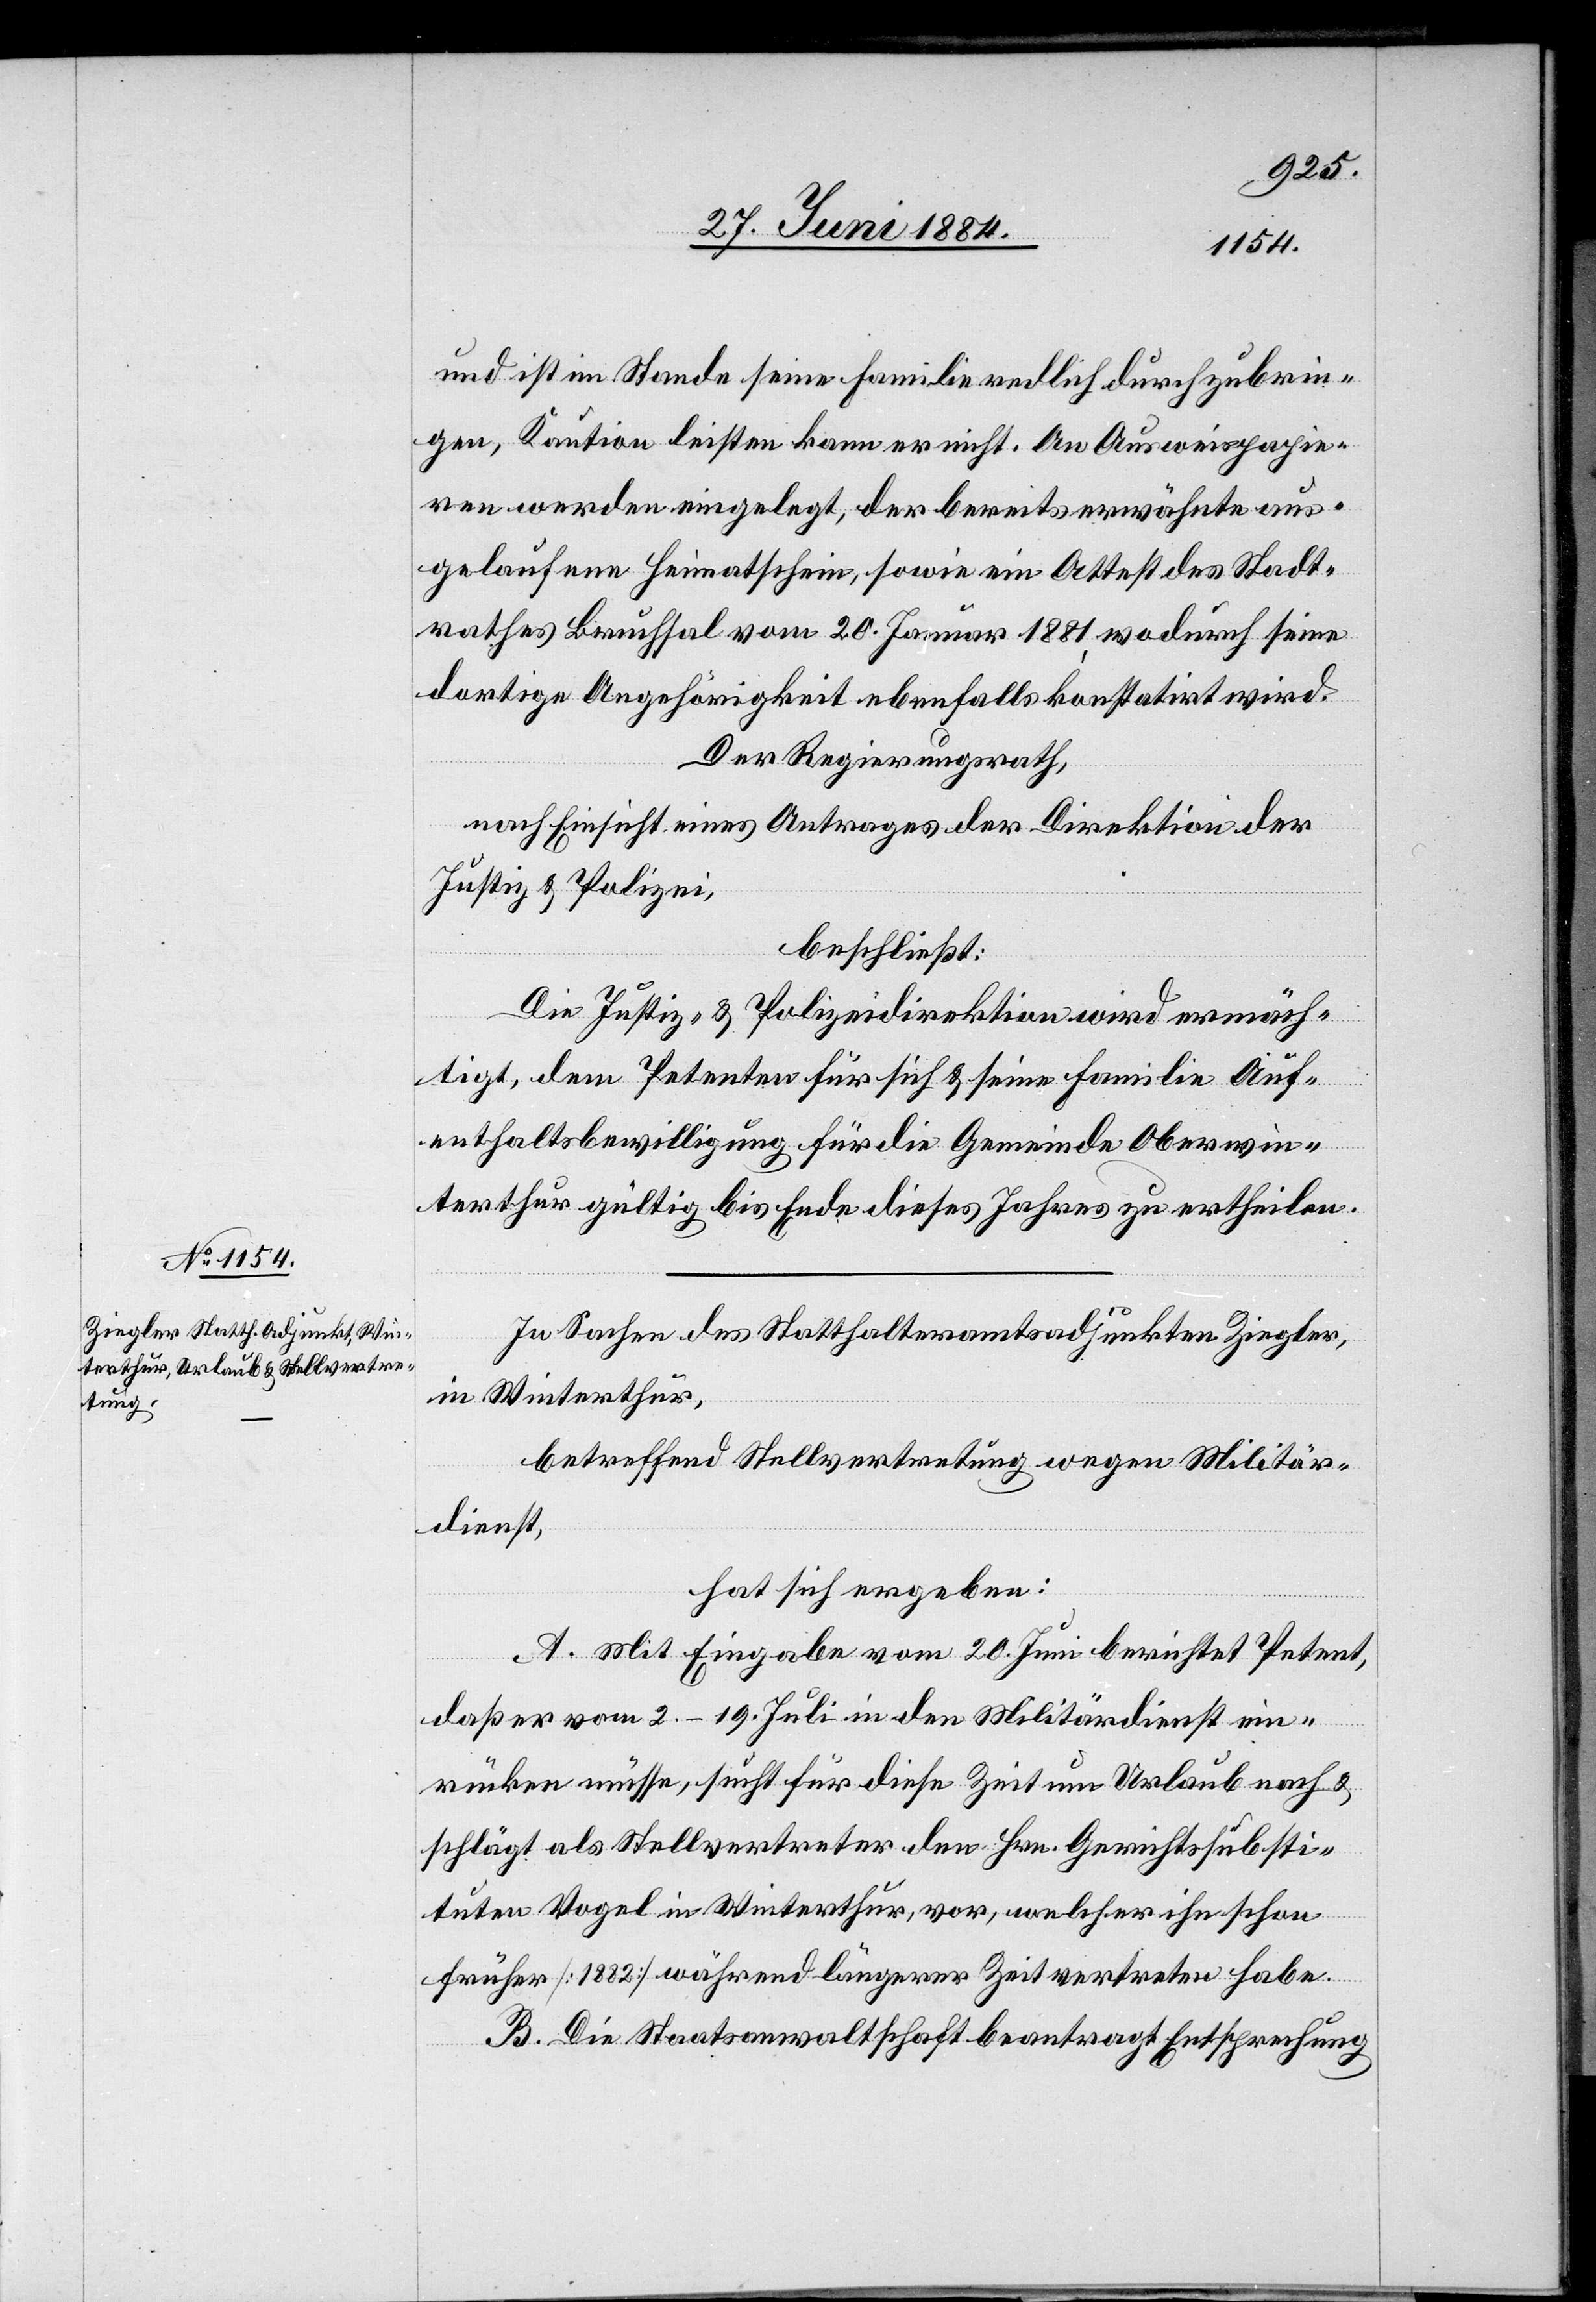
und ist im Stande seine Familie redlich durchzubrin¬
gen, Kaution leisten kann er nicht. An Ausweispapie¬
ren werden eingelegt, der bereits erwähnte aus¬
gelaufene Heimathschein, sowie ein Attest des Stadt¬
rathes Bruchsal von 20. Januar 1881 wodurch seine
dortige Angehörigkeit ebenfalls konstatirt wird.
Der Regierungsrath,
nach Einsicht eines Antrages der Direktion der
Justiz & Polizei,
beschließt:
Die Justiz- & Polizeidirektion wird ermäch¬
tigt, dem Petenten für sich & seine Familie Auf¬
enthaltsbewilligung für die Gemeinde Oberwin¬
terthur gültig bis Ende dieses Jahres zu ertheilen.
In Sachen des Statthalteramtsadjunkten Ziegler
in Winterthur,
betreffend Stellvertretung wegen Militär¬
dienst,
hat sich ergeben:
A. Mit Eingabe vom 20. Juni berichtet Petent,
daß er vom 2.–19. Juli in den Militärdienst ein¬
rücken müsse, sucht für diese Zeit um Urlaub nach &
schlägt als Stellvertreter den Hrn. Gerichtssubsti¬
tuten Vogel in Winterthur, vor, welcher ihn schon
früher [1882] während längerer Zeit vertreten habe.
B. Die Staatsanwaltschaft beantragt Entsprechung